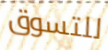
للتسوق